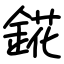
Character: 錵